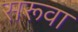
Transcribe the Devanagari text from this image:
सरूवा